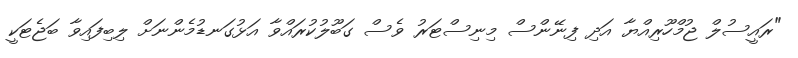
"ރައީސުލް ޖުމްހޫރިއްޔާ އަދި ފިނޭންސް މިނިސްޓަރު ވެސް ގަބޫލުކުރައްވާ އަޅުގަނޑުމެންނަށް ލިބިފައިވާ ބަޖެޓަކީ